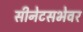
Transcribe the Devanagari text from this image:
सीनेटसभेवर